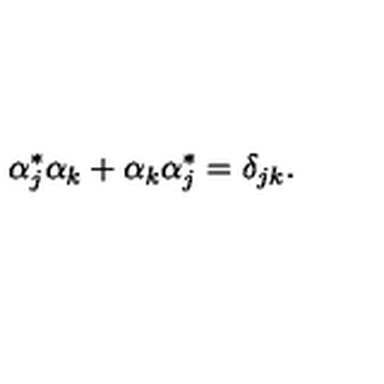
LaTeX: \alpha _ { j } ^ { \ast } \alpha _ { k } + \alpha _ { k } \alpha _ { j } ^ { \ast } = \delta _ { j k } .